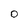
Character: O